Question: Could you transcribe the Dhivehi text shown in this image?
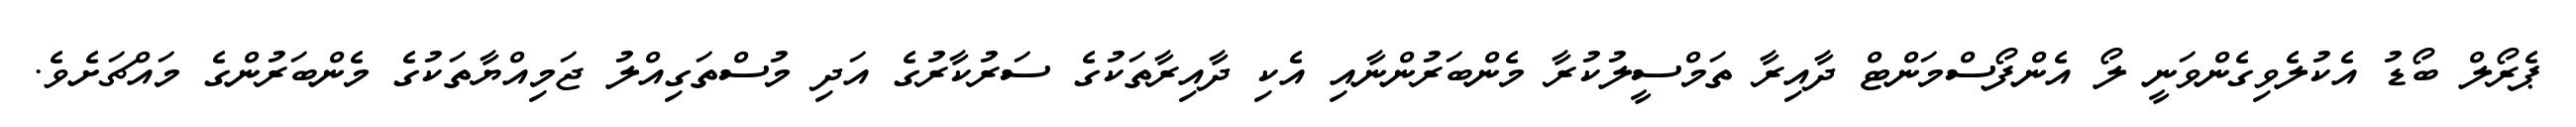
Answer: ޕެރޯލް ބޯޑު އެކުލެވިގެންވަނީ ލޯ އެންފޯސްމަންޓް ދާއިރާ ތަމްސީލުކުރާ މެންބަރުންނާއި އެކި ދާއިރާތަކުގެ ސަރުކާރުގެ އަދި މުސްތަގިއްލު ޖަމިއްޔާތަކުގެ މެންބަރުންގެ މައްޗަށެވެ.